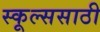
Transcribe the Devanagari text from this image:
स्कूल्ससाठी